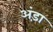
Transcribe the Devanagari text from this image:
अंड़ा